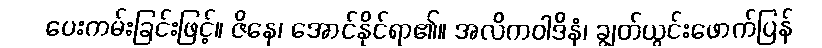
ပေးကမ်းခြင်းဖြင့်။ ဇိနေ၊ အောင်နိုင်ရာ၏။ အလိကဝါဒိနံ၊ ချွတ်ယွင်းဖောက်ပြန်